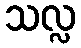
သလ္လ